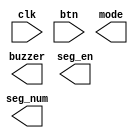
`timescale 1ns / 1ps

// try to get a mode change

// modes
// 1: clock_display
// 2: stopwatch
// 3. countdown
// 4. alarm set
// 5. clock set

module mode_change(clk,btn,buzzer,mode,seg_en,seg_num);

input clk,btn;
output buzzer;
output [2:0] mode;
output [7:0] seg_en,seg_num;



endmodule